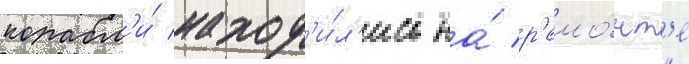
корабл'и́ наход'и́л'ись на́ р'емо́нт'е